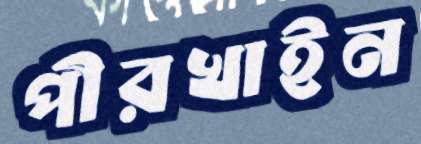
পীরখাইন